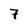
Character: 7